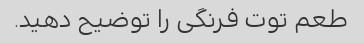
طعم توت فرنگی را توضیح دهید.